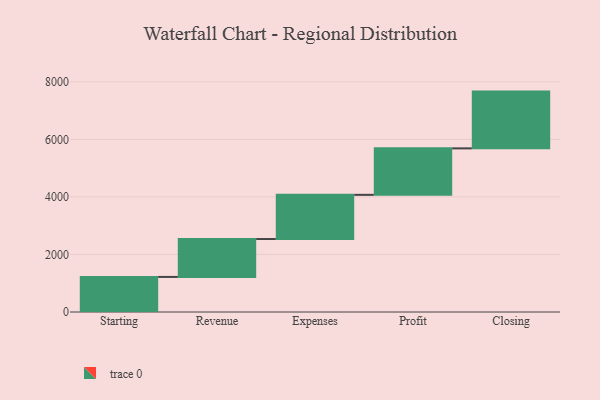
{"axis": {"x": "Step", "y": "Value"}, "legend": [""], "data": [{"x": "Starting", "y": 1219.0, "type": ""}, {"x": "Revenue", "y": 1317.0, "type": ""}, {"x": "Expenses", "y": 1536.0, "type": ""}, {"x": "Profit", "y": 1615.0, "type": ""}, {"x": "Closing", "y": 1973.0, "type": ""}]}